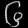
Digit: ၆